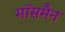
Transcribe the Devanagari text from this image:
मॉसमैन